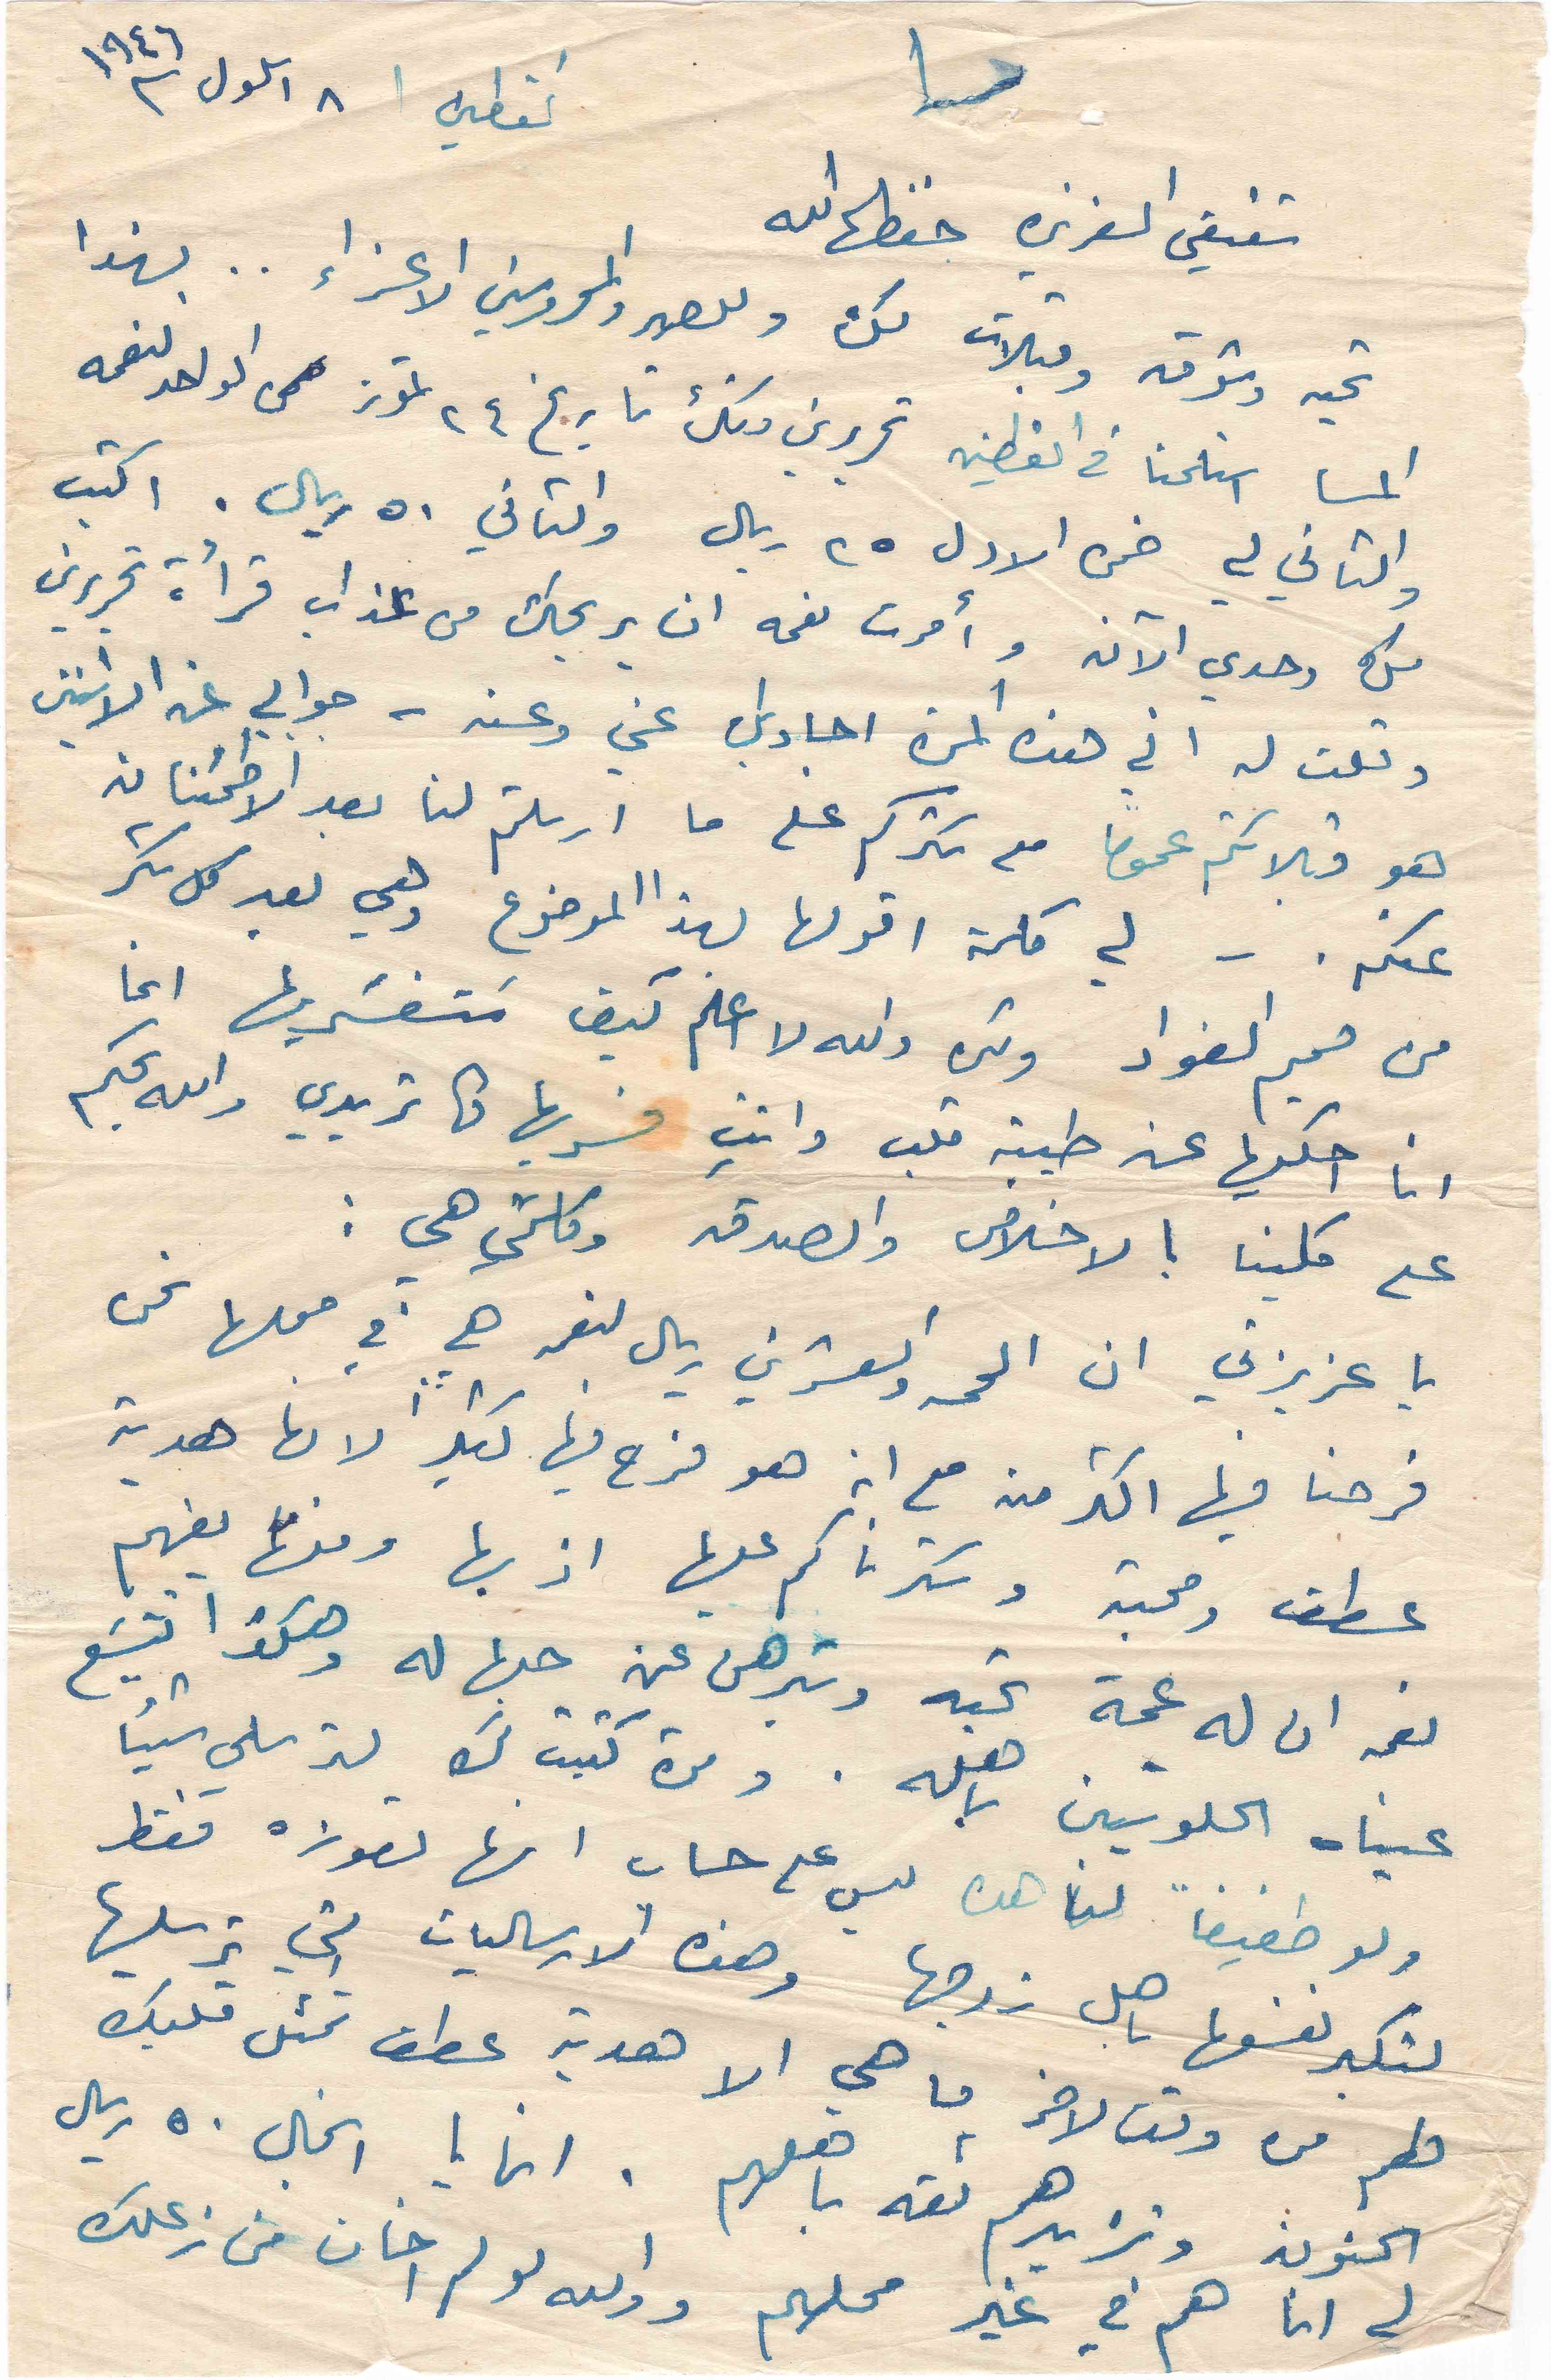
القطين ٨ ايلول ١٩٤٦
شقيقي العزيزه حفظها الله
تحية وشوق وقبلات لك وللصهر والمحروسين الاعزاء .. بهذا
المسا استلمنا في القطين تحريرين منك تاريخ ٢٤ تموز الواحد لنعمه
والثاني لي ضمن الاول ٢٥ ريال والثاني ٥٠ ريال. اكتب
لك وحدي الآن وأمرت نعمه ان يريحك من عذاب قرأة تحريرين
وقلت له اني هذه المرة اجاوبك عني وعنه - جوابي عن الاثنين
هو قبلاتكم عموما مع شكركم على ما ارسلتم لنا بعد الاطمئنان
عنكم . - لي كلمة اقولها بهذا الموضوع وهي بعد كل شكر
من صميم الفواد ولكن لا اعلم كيف ستفسريها انما
انا احكيها عن طيبة قلب وانتِ فسريها كما تريدي والله بحكم
على كلينا بالاخلاص والصدق وكلمتي هي :
يا عزيزتي ان الخمسه والعشرين ريال لنعمه هي في محلها نحن
فرحنا فيها اكتر منه مع انه هو فرح فيها كتير لانها هدية
عطف ومحبة وشكرناكم عليها اذ بها ومنها يفهم
نعمه ان له عمة تحبه وتبرهن عن حبها له وهكذا تشبَع
عيناه الحلوتين باهله . ومرة كتبت لك لترسلي شيئا
ولو طفيفاً لناهده ليس على حساب انها تعوزه فقط
لتكبر نفسها باهل زوجها وهذه الارساليات التي ترسليها
هم من وقت لاخر ما هي الا هدية عطف تمثل قلبك
الحنون وتزيدهم ثقة باهلهم . انها يا انجال ٥٠ ريال
لي انا هم في غير محلهم واولله لو لم اخاف من زعلك